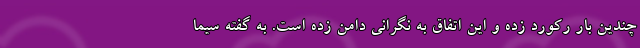
چندین بار رکورد زده و این اتفاق به نگرانی دامن زده است. به گفته سیما